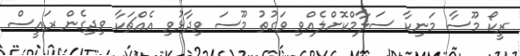
ރީކޯ މޫސާ މަނިކާ ސަލާމްކޮށްލެއްވި ވަގުތު މޫސަ ވިދާޅުވި އެއްޗަކާ ވިދިގެން ރައީސް